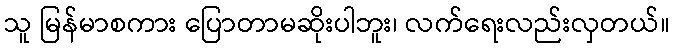
သူ မြန်မာစကား ပြောတာမဆိုးပါဘူး၊ လက်ရေးလည်းလှတယ်။